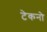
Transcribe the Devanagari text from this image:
टेकनो